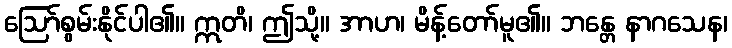
ဩော်စွမ်းနိုင်ပါ၏။ ဣတိ၊ ဤသို့။ အာဟ၊ မိန့်တော်မူ၏။ ဘန္တေ နာဂသေန၊